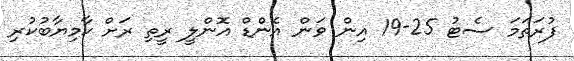
ފުރަތަމަ ސެޓު 25-19 އިން ވަން އެންޑް އޮންލީ ރީތި ރަށް ކާމިޔާބުކުރި